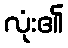
လုံး၏